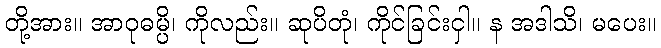
တို့အား။ အာဝုဓမ္ပိ၊ ကိုလည်း။ ဆုပိတုံ၊ ကိုင်ခြင်းငှါ။ န အဒါသိ၊ မပေး။